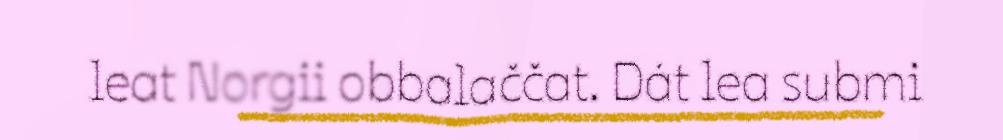
leat Norgii obbalaččat. Dát lea submi